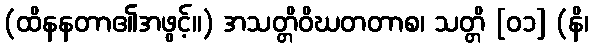
(ထိနနတာ၏အဖွင့်။) အသတ္တိဝိဃတတာစ၊ သတ္တိ [၀၁] (နိ၊